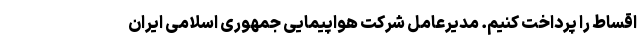
اقساط را پرداخت کنیم. مدیرعامل شرکت هواپیمایی جمهوری اسلامی ایران